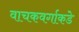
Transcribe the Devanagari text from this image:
वाचकवर्गाकडे